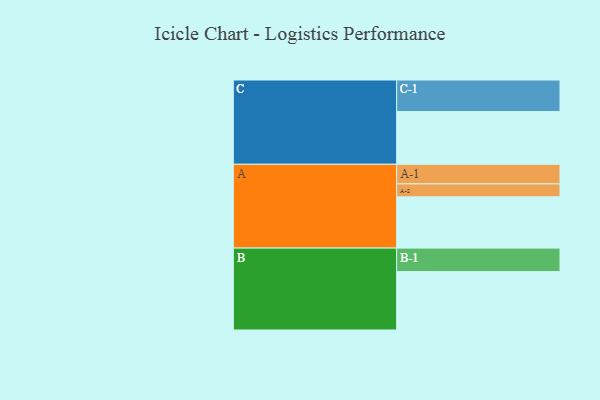
{"axis": {"x": "Segment", "y": "Value"}, "legend": ["", "A", "B", "C"], "data": [{"x": "A", "y": 452, "type": ""}, {"x": "B", "y": 515, "type": ""}, {"x": "C", "y": 465, "type": ""}, {"x": "A-1", "y": 173, "type": "A"}, {"x": "A-2", "y": 114, "type": "A"}, {"x": "B-1", "y": 207, "type": "B"}, {"x": "C-1", "y": 278, "type": "C"}]}